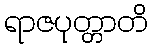
ရာဇပုတ္တာတိ